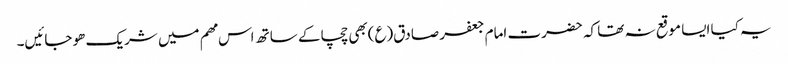
یہ کیا ایسا موقع نہ تھا کہ حضرت امام جعفر صادق(ع)بھی چچا کے ساتھ اس مھم میں شریک ھو جائیں۔